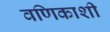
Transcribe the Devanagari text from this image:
वणिकाशी